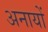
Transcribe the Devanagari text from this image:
अनायों